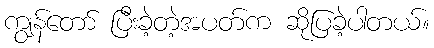
ကျွန်တော် ပြီးခဲ့တဲ့အပတ်က ဆိုပြခဲ့ပါတယ်။